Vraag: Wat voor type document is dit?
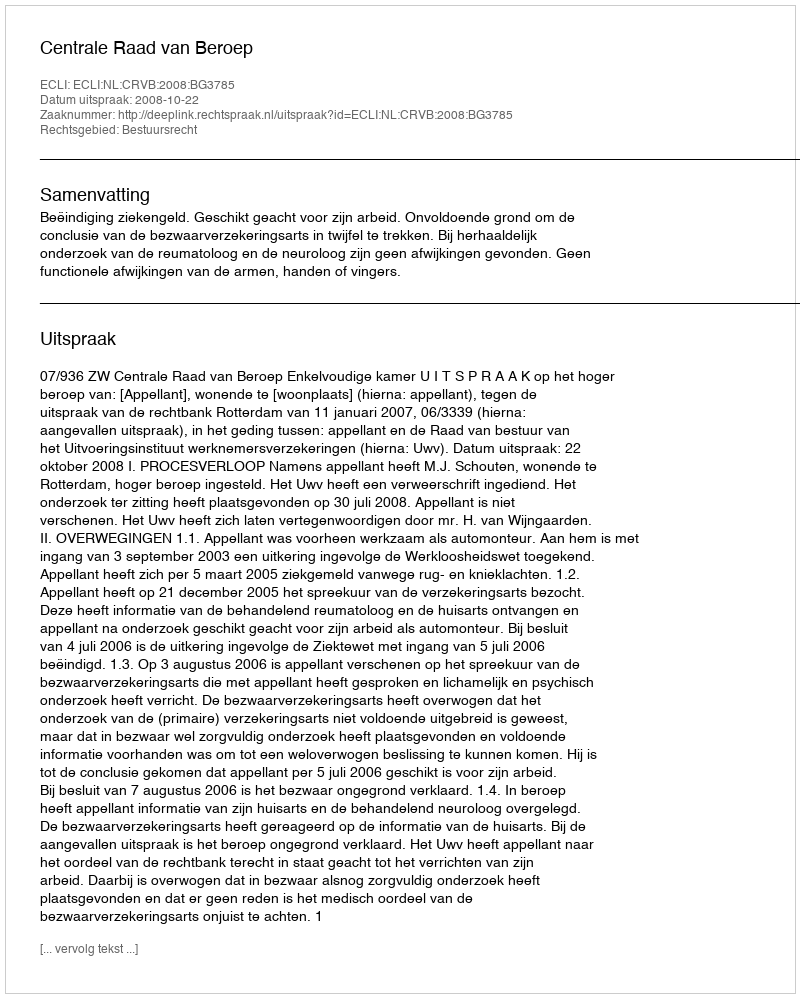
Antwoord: Uitspraak